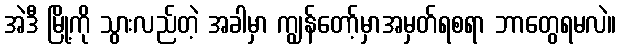
အဲဒီ မြို့ကို သွားလည်တဲ့ အခါမှာ ကျွန်တော့်မှာအမှတ်ရစရာ ဘာတွေရမလဲ။